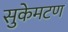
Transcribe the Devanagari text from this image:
सुकेमटण